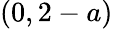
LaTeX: (0,2-a)